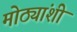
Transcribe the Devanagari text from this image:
मोठ्यांशी